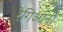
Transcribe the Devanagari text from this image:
रेगिआनी